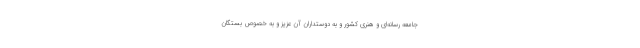
جامعه رسانه‌ای و هنری کشور و به دوستداران آن عزیز و به خصوص بستگان